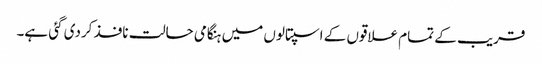
قریب کے تمام علاقوں کے اسپتالوں میں ہنگامی حالت نافذ کردی گئی ہے۔